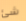
شئ